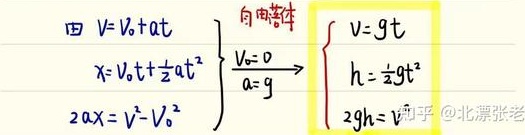
由
\(\begin{cases}
v = v_{0}+at \\
x = v_{0}t+\frac{1}{2}at^{2} \\
2ax = v^{2}-v_{0}^{2}
\end{cases}\)
\(\begin{matrix}自由落体\\v_{0}= 0\\a = g\end{matrix}\)
\(\begin{cases}
v = gt \\
h=\frac{1}{2}gt^{2} \\
2gh = v^{2}
\end{cases}\)
知乎@北漂张老师